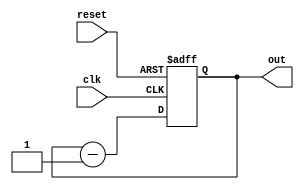
module down_counter(
  input clk,reset,
  output reg [3:0] out
);
  always@(posedge clk or posedge reset)begin
    if(reset)
      out <= 4'b1111;
  else
    out <= out-1;
  end
endmodule